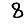
Digit: 8